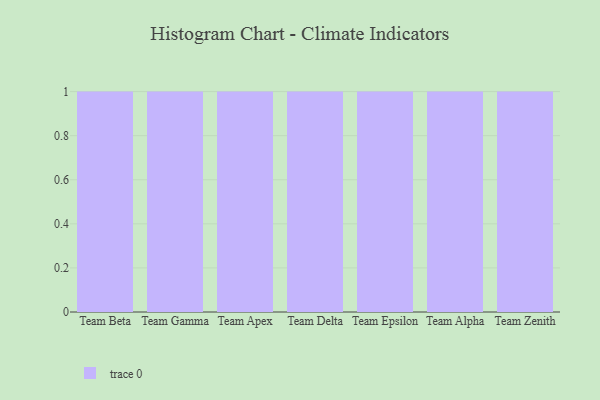
{"axis": {"x": "Team", "y": "Latency (ms)"}, "legend": [""], "data": [{"x": "Team Beta", "y": 74, "type": ""}, {"x": "Team Gamma", "y": 28, "type": ""}, {"x": "Team Apex", "y": 93, "type": ""}, {"x": "Team Delta", "y": 78, "type": ""}, {"x": "Team Epsilon", "y": 45, "type": ""}, {"x": "Team Alpha", "y": 18, "type": ""}, {"x": "Team Zenith", "y": 39, "type": ""}]}